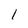
Character: 1